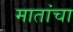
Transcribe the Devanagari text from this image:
मातांचा